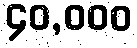
၄၀,၀၀၀